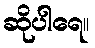
ဆိုပါရေ။